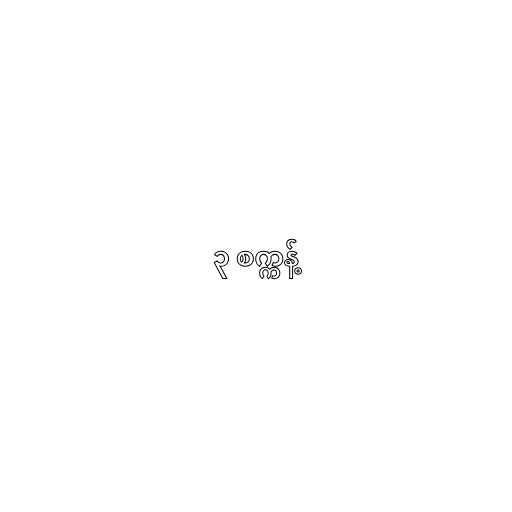
၃ စက္ကန့်